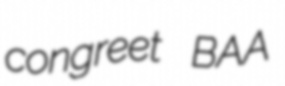
congreet BAA